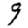
Digit: 9